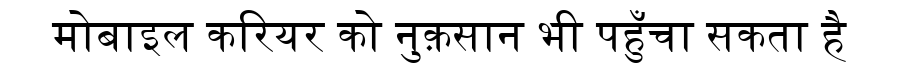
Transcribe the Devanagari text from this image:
मोबाइल करियर को नुक़सान भी पहुँचा सकता है